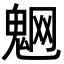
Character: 䰣